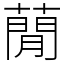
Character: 蕑